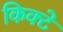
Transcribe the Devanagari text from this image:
किक्टे